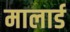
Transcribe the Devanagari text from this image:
मालार्ड